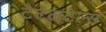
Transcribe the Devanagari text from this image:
टेटलटेल्स